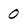
Character: 0